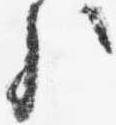
歟